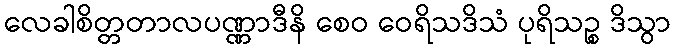
လေခါစိတ္တတာလပဏ္ဏာဒီနိ စေဝ ဝေရိသဒိသံ ပုရိသဉ္စ ဒိသွာ